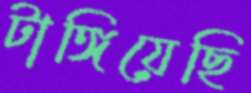
টাঙ্গিয়েছি